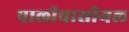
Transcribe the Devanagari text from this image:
पालीचासीयल